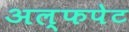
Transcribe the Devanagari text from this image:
अल्फपेट